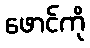
ဖောင်ကို